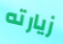
زيارته